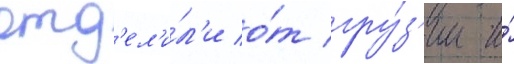
отд'ел'и́л'и о́т гру́з'ии и́